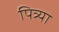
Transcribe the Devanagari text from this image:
पित्र्या